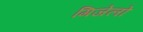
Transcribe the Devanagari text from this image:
गिजेलो